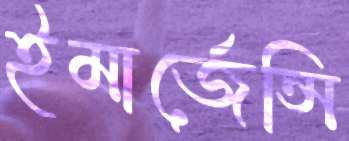
ইমার্জেন্সি